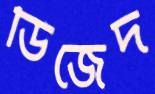
ডিজেদ